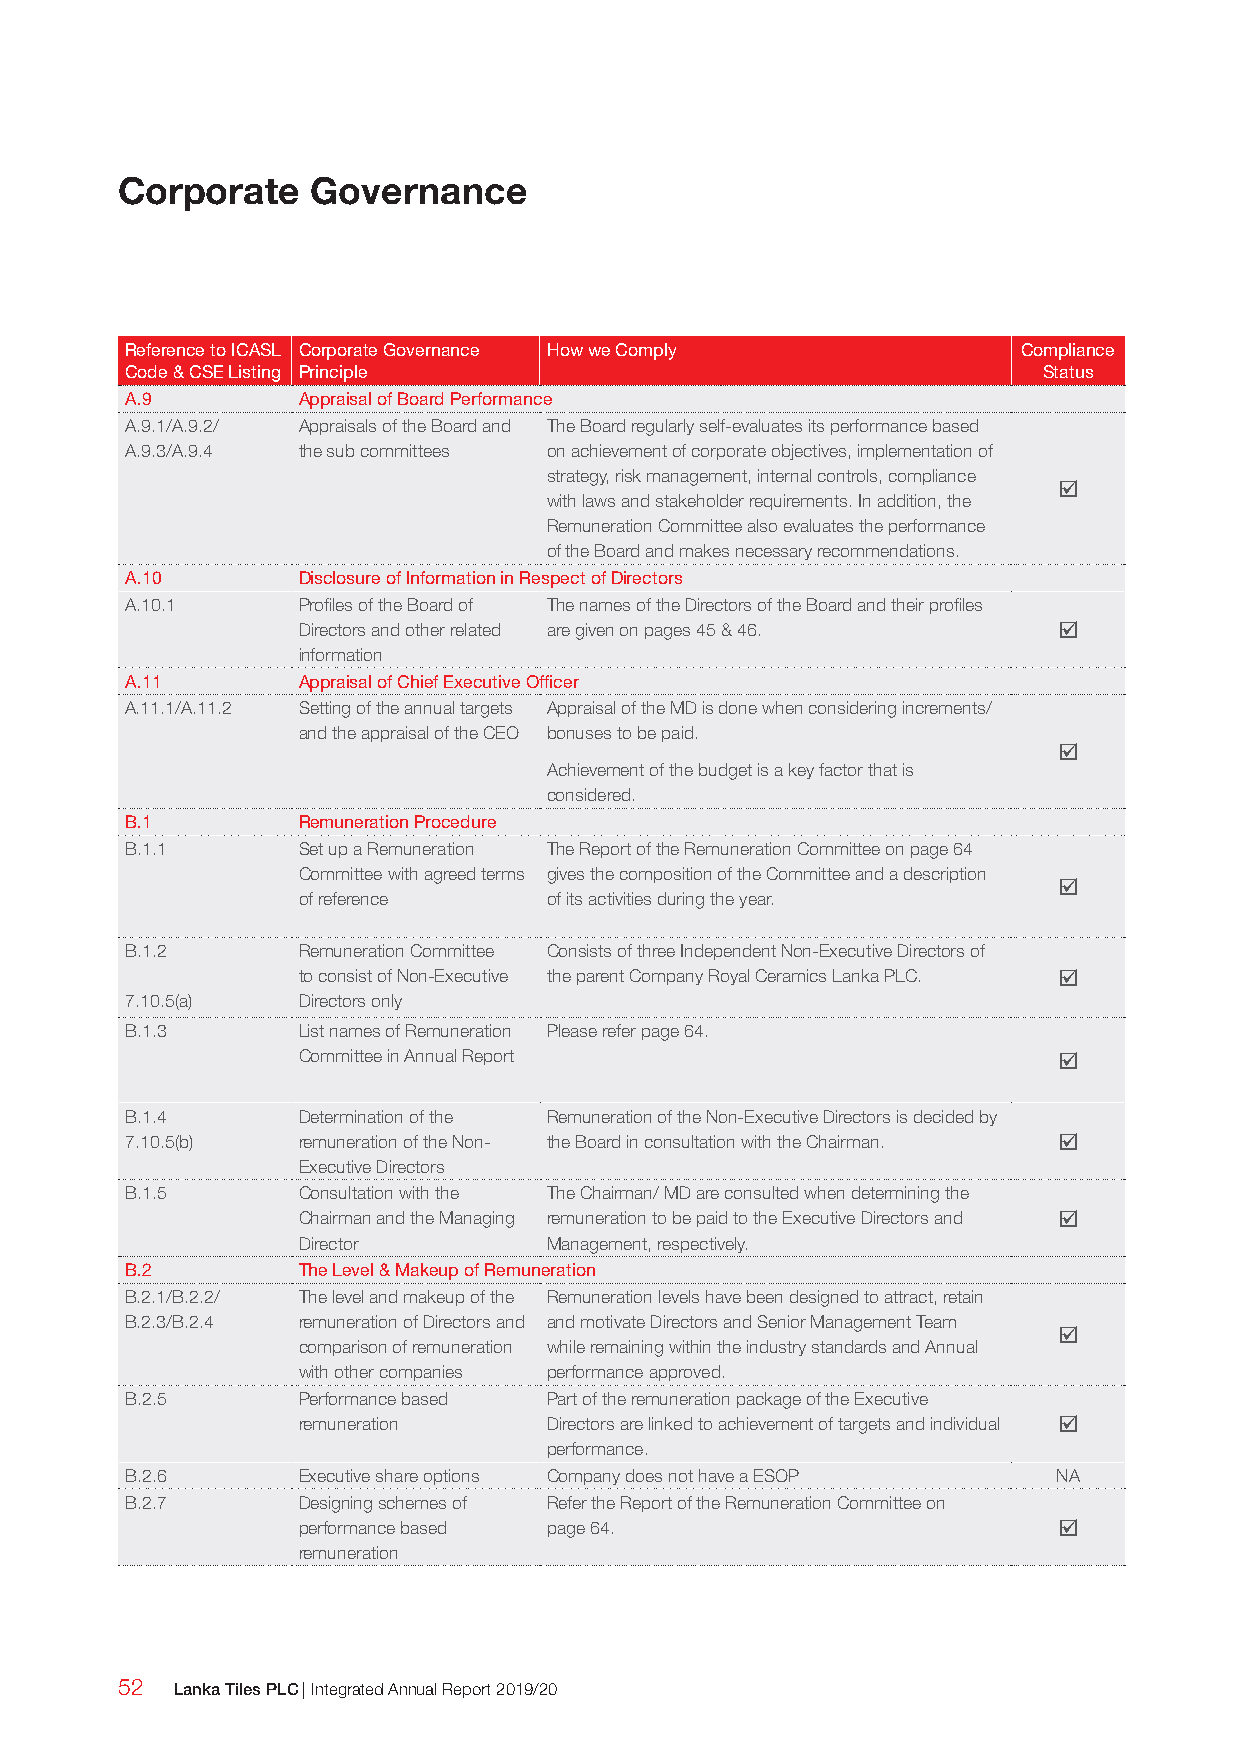
Corporate    Governance
 Reference to ICASL Corporate Governance How we Comply       Compliance
 Code & CSE Listing Principle                                 Status
 A.9         Appraisal of Board Performance
 A.9.1/A.9.2/ Appraisals of the Board and The Board regularly self-evaluates its performance based
 A.9.3/A.9.4 the sub committees on achievement of corporate objectives, implementation of
 strategy, risk management, internal controls, compliance
 
 with laws and stakeholder requirements. In addition, the
 Remuneration Committee also evaluates the performance
 of the Board and makes necessary recommendations.
 A.10        Disclosure of Information in Respect of Directors
 A.10.1      Profiles of the Board of The names of the Directors of the Board and their profiles
 Directors and other related are given on pages 45 & 46. 
 information
 A.11        Appraisal of Chief Executive Officer
 A.11.1/A.11.2 Setting of the annual targets Appraisal of the MD is done when considering increments/
 and the appraisal of the CEO bonuses to be paid.
 
 Achievement of the budget is a key factor that is
 considered.
 B.1         Remuneration Procedure
 B.1.1       Set up a Remuneration The Report of the Remuneration Committee on page 64
 Committee with agreed terms gives the composition of the Committee and a description
 
 of reference    of its activities during the year.
 B.1.2       Remuneration Committee Consists of three Independent Non-Executive Directors of
 to consist of Non-Executive the parent Company Royal Ceramics Lanka PLC. 
 7.10.5(a)   Directors only
 B.1.3       List names of Remuneration Please refer page 64.
 Committee in Annual Report                        
 B.1.4       Determination of the Remuneration of the Non-Executive Directors is decided by
 7.10.5(b)   remuneration of the Non- the Board in consultation with the Chairman. 
 Executive Directors
 B.1.5       Consultation with the The Chairman/ MD are consulted when determining the
 Chairman and the Managing remuneration to be paid to the Executive Directors and 
 Director        Management, respectively.
 B.2         The Level & Makeup of Remuneration
 B.2.1/B.2.2/ The level and makeup of the Remuneration levels have been designed to attract, retain
 B.2.3/B.2.4 remuneration of Directors and and motivate Directors and Senior Management Team
 
 comparison of remuneration while remaining within the industry standards and Annual
 with other companies performance approved.
 B.2.5       Performance based Part of the remuneration package of the Executive
 remuneration    Directors are linked to achievement of targets and individual 
 performance.
 B.2.6       Executive share options Company does not have a ESOP NA
 B.2.7       Designing schemes of Refer the Report of the Remuneration Committee on
 performance based page 64.                        
 remuneration
 52  Lanka Tiles PLC | Integrated Annual Report 2019/20